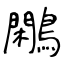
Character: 鷴